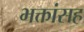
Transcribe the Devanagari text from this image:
भक्तांसह